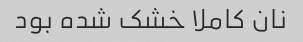
نان کاملا خشک شده بود